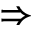
\Rightarrow